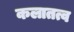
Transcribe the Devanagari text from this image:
कलातत्व